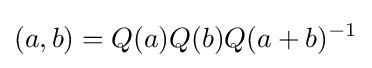
(a,b)=Q(a)Q(b)Q(a+b)^{-1}